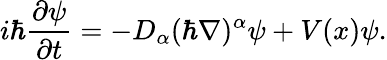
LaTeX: i\hbar\frac{\partial\psi}{\partial t}=-D_{\alpha}(\hbar\nabla)^{\alpha}\psi+V(x)\psi.